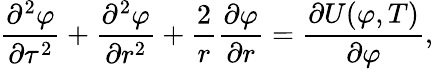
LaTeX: {\frac{\partial^{2}\varphi}{\partial\tau^{2}}}+{\frac{\partial^{2}\varphi}{\partial r^{2}}}+{\frac{2}{r}}{\frac{\partial\varphi}{\partial r}}={\frac{\partial U(\varphi,T)}{\partial\varphi}},